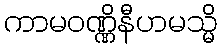
ကာမဝဏ္ဏိနီဟမသ္မိ